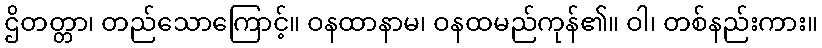
ဌိတတ္တာ၊ တည်သောကြောင့်။ ဝနထာနာမ၊ ဝနထမည်ကုန်၏။ ဝါ၊ တစ်နည်းကား။